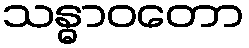
သန္ဓာဝတော